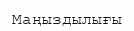
Маңыздылығы